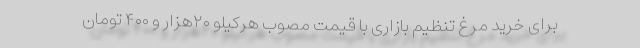
برای خرید مرغ تنظیم بازاری با قیمت مصوب هرکیلو ۲۰هزار و ۴۰۰ تومان